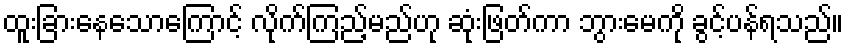
ထူးခြားနေသောကြောင့် လိုက်ကြည့်မည်ဟု ဆုံးဖြတ်ကာ ဘွားမေကို ခွင့်ပန်ရသည်။